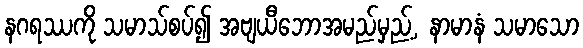
နဂရဿကို သမာသ်စပ်၍ အဗျယီဘောအမည်မှည့်, နာမာနံ သမာသော